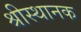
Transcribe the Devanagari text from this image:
श्रीस्थानक